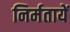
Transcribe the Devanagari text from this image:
निर्मतायें